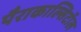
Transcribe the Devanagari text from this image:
पैराकाल्सिटॉल